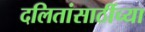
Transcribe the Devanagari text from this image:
दलितांसाठींच्या